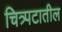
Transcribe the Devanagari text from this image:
चित्र्पटातील